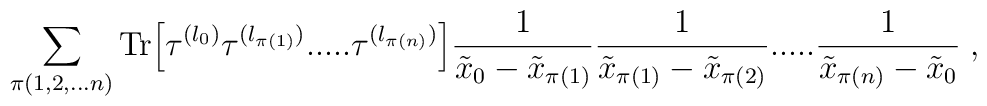
\sum_{\pi(1,2,...n)} \mbox{Tr}\Big[\tau^{(l_0)} \tau^{(l_{\pi(1)})} .....\tau^{(l_{\pi(n)})} \Big]\frac{1}{\tilde{x}_0 - \tilde{x}_{\pi(1)}}\frac{1}{\tilde{x}_{\pi(1)} - \tilde{x}_{\pi(2)}} .....\frac{1}{\tilde{x}_{\pi(n)} - \tilde{x}_0}  \; ,